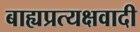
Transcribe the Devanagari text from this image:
बाह्यप्रत्यक्षवादी